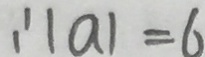
: \vert a \vert = 6